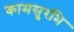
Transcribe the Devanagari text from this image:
कामसुरभि